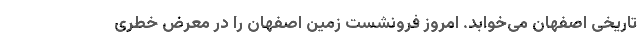
تاریخی اصفهان می‌خوابد. امروز فرونشست زمین اصفهان را در معرض خطری